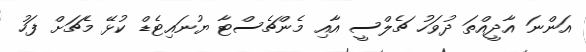
އަންނަ އާދީއްތަ ދުވަހު ޗެލްސީ އާއި މެންޗެސްޓާ ޔުނައިޓެޑް ކުޅޭ މެޗަށް ފަހު